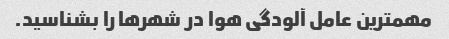
مهمترین عامل آلودگی هوا در شهرها را بشناسید.